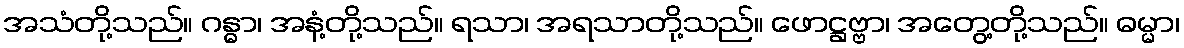
အသံတို့သည်။ ဂန္ဓာ၊ အနံ့တို့သည်။ ရသာ၊ အရသာတို့သည်။ ဖောဋ္ဌဗ္ဗာ၊ အတွေ့တို့သည်။ ဓမ္မာ၊